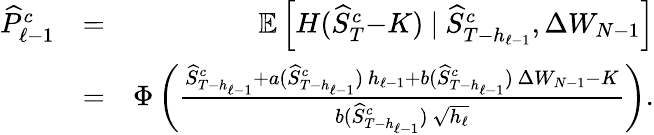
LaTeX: \begin{array}{rlr}{{\widehat{P}}_{\ell-1}^{c}}&{=}&{{\mathbb{E}}\left[H({\widehat{S}}_{T}^{c}{-}K)\ |\ {\widehat{S}}_{T-h_{\ell-1}}^{c},\Delta W_{N-1}\right]}\\ &{=}&{\Phi\left(\frac{{\widehat{S}}_{T-h_{\ell-1}}^{c}+a({\widehat{S}}_{T-h_{\ell-1}}^{c})\, h_{\ell-1}+b({\widehat{S}}_{T-h_{\ell-1}}^{c})\, \Delta W_{N-1}-K}{b({\widehat{S}}_{T-h_{\ell-1}}^{c})\ \sqrt{h_{\ell}}}\right).}\end{array}